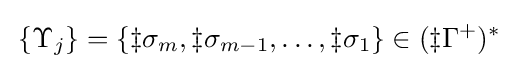
\,\{\Upsilon _{j}\}=\{\ddagger \sigma _{m},\ddagger \sigma _{m-1},\ldots ,\ddagger \sigma _{1}\}\in (\ddagger \Gamma ^{+})^{*}